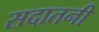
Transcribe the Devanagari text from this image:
सदातनी